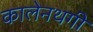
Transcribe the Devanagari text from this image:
कालेनथगी